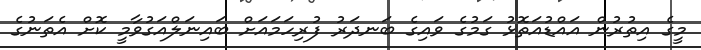
މީގެ އިތުރުން އައްޑުއަތޮޅު ގަމުގެ ވައިގެ ބަނދަރު ފުރިހަމައަށް ބައިނަލްއަގުވާމީ ކޮށް އެތަނުގެ